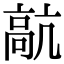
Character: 髚